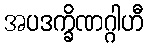
အပဒက္ခိဏဂ္ဂါဟီ